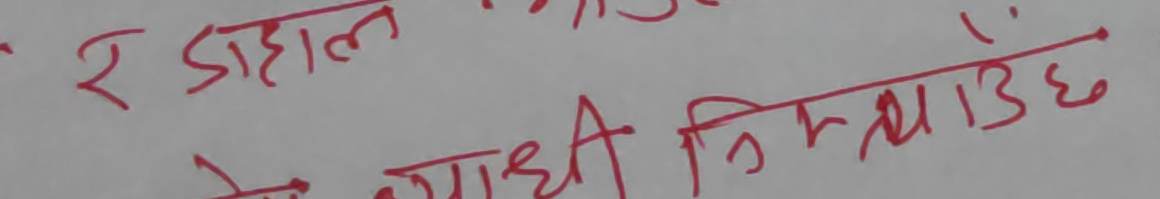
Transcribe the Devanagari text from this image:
र दाहाल
रोग व्याधी निम्त्याउँछ ।